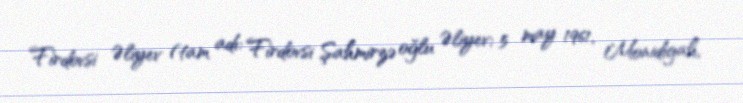
Firdovsi Əliyev (tam adı: Firdovsi Şahmirzə oğlu Əliyev; 5 may 1961, Monidigah,